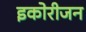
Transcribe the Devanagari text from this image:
इकोरीजन